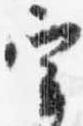
宰